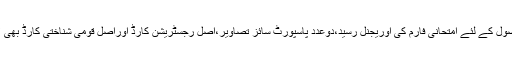
ایڈمٹ کارڈ کے حصول کے لئے امتحانی فارم کی اوریجنل رسید،دوعدد پاسپورٹ سائز تصاویر،اصل رجسٹریشن کارڈ اوراصل قومی شناختی کارڈ بھی لازماً ساتھ لانا ہوگا۔